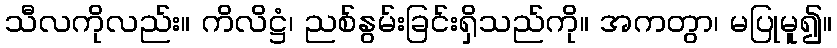
သီလကိုလည်း။ ကိလိဋ္ဌံ၊ ညစ်နွမ်းခြင်းရှိသည်ကို။ အကတွာ၊ မပြုမူ၍။